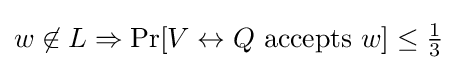
w\not \in L\Rightarrow \Pr[V\leftrightarrow Q{\text{ accepts }}w]\leq {\tfrac {1}{3}}